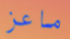
ماعز